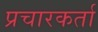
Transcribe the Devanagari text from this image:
प्रचारकर्ता